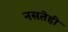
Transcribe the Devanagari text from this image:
नसतेही